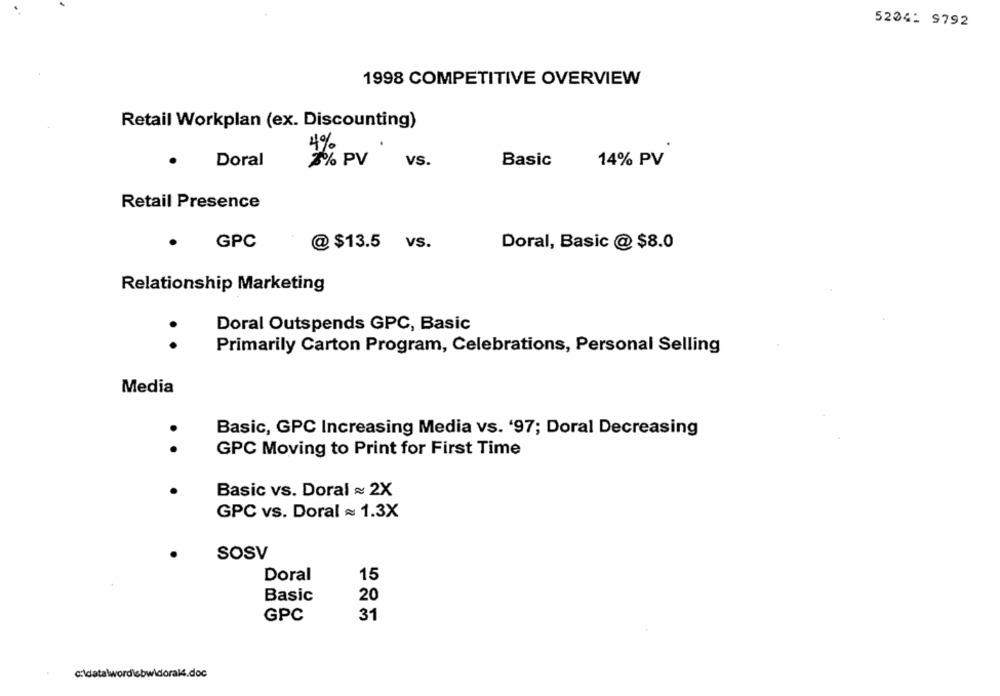
52241 9792
1998 COMPETITIVE OVERVIEW
Retail Workplan (ex. Discounting)
4%
Doral
vs.
Basic
14% PV
Retail Presence
GPC
@ $13.5 vs.
Doral, Basic @ $8.0
Relationship Marketing
Doral Outspends GPC, Basic
. .
Primarily Carton Program, Celebrations, Personal Selling
Media
Basic, GPC Increasing Media vs. '97; Doral Decreasing
GPC Moving to Print for First Time
Basic vs. Doral = 2X
GPC vs. Doral = 1.3X
SOSV
Doral
15
Basic
20
GPC
31
c:\data\wordisbwidoral4.doc